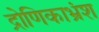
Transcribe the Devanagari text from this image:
द्रोणिकाभ्रंश